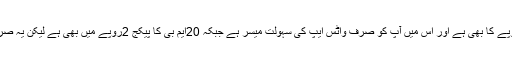
زونگ کا30ایم بی پیکج 3روپے کا بھی ہے اور اس میں آپ کو صرف واٹس ایپ کی سہولت میسر ہے جبکہ 20ایم بی کا پیکج 2روپے میں بھی ہے لیکن یہ صرف ٹویٹر کی سہولت دیتا ہے۔